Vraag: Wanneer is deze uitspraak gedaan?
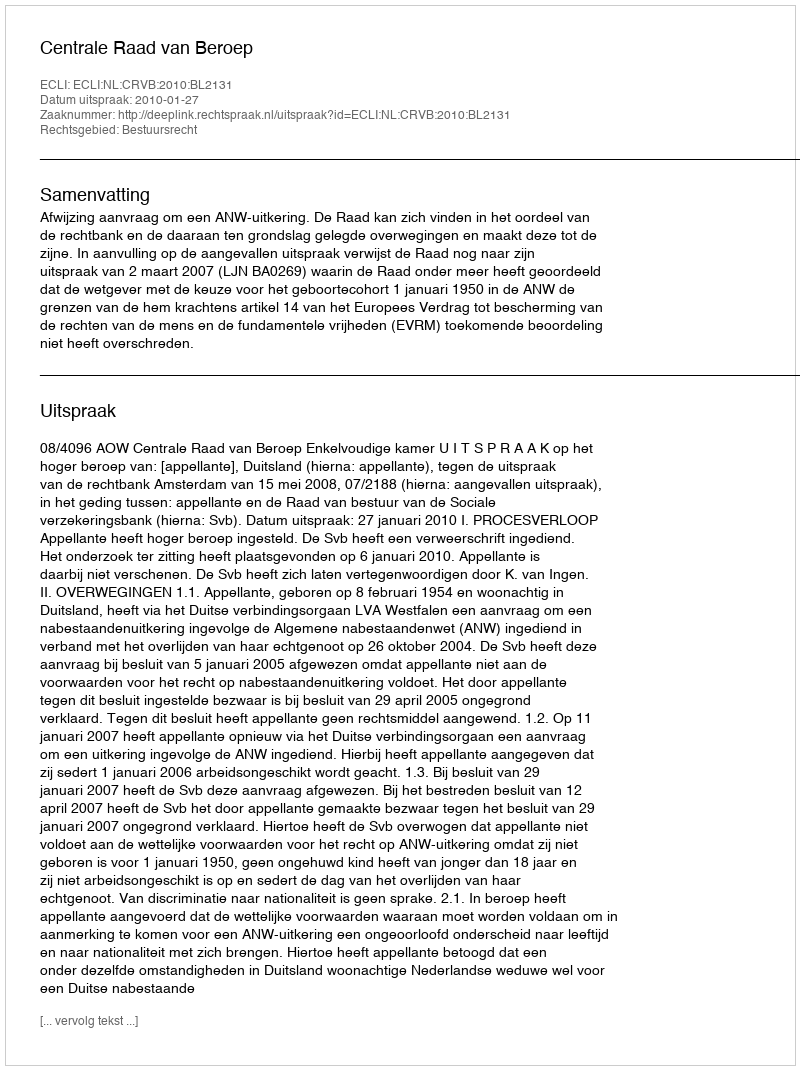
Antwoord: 2010-01-27